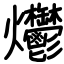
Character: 爩